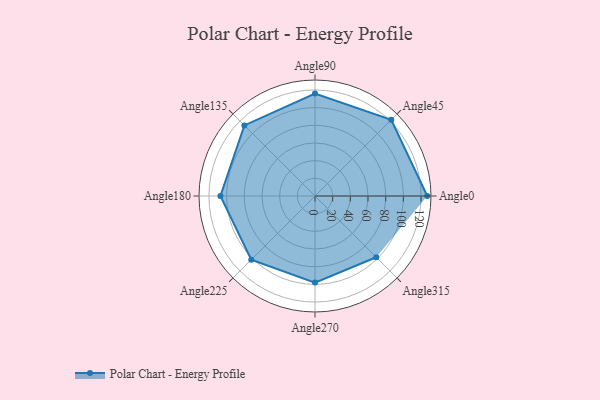
{"axis": {"x": "Angle", "y": "Radius"}, "legend": [""], "data": [{"x": "Angle0", "y": 127.0, "type": ""}, {"x": "Angle45", "y": 122.0, "type": ""}, {"x": "Angle90", "y": 116.0, "type": ""}, {"x": "Angle135", "y": 113.0, "type": ""}, {"x": "Angle180", "y": 107.0, "type": ""}, {"x": "Angle225", "y": 102.0, "type": ""}, {"x": "Angle270", "y": 98.0, "type": ""}, {"x": "Angle315", "y": 98.0, "type": ""}]}